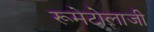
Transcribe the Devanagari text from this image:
रूमेटोलाजी